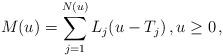
LaTeX: \begin{align*} M(u) =\sum_{j=1}^{N(u)} L_{j}(u-T_{j})\,, u\ge 0\,, \end{align*}